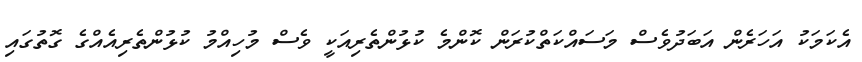
އެކަމަކު އަހަރެން އަބަދުވެސް މަސައްކަތްކުރަން ކޮންމެ ކުޅުންތެރިއަކީ ވެސް މުހިއްމު ކުޅުންތެރިއެއްގެ ގޮތުގައި